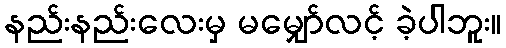
နည်းနည်းလေးမှ မမျှော်လင့် ခဲ့ပါဘူး။